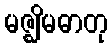
မဇ္ဈိမဓာတု